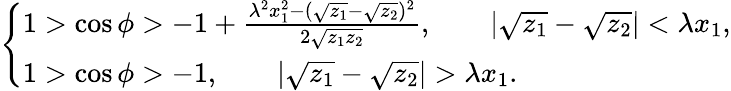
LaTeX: \left\{ \begin{array}{l}{{1>\cos\phi>-1+\frac{\lambda^{2}x_{1}^{2}-(\sqrt{z_{1}}-\sqrt{z_{2}})^{2}}{2\sqrt{z_{1}z_{2}}},\qquad|\sqrt{z_{1}}-\sqrt{z_{2}}|<\lambda x_{1},}}\\ {{1>\cos\phi>-1,\qquad|\sqrt{z_{1}}-\sqrt{z_{2}}|>\lambda x_{1}.}}\end{array}\right.